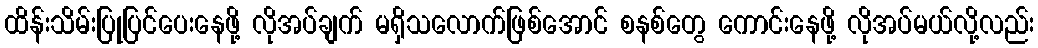
ထိန်းသိမ်းပြုပြင်ပေးနေဖို့ လိုအပ်ချက် မရှိသလောက်ဖြစ်အောင် စနစ်တွေ ကောင်းနေဖို့ လိုအပ်မယ်လို့လည်း